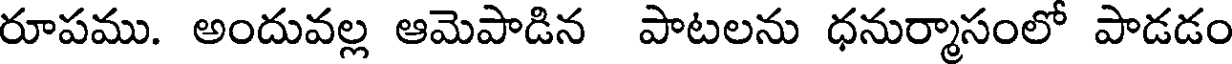
రూపము. అందువల్ల ఆమెపాడిన పాటలను ధనుర్మాసంలో పాడడం